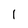
Character: I